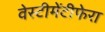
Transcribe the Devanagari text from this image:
वेस्टीमेंटीफेरा